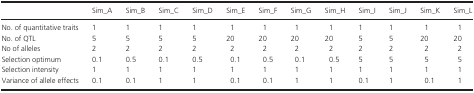
<table><thead><tr><td></td><td><b>Sim_A</b></td><td><b>Sim_B</b></td><td><b>Sim_C</b></td><td><b>Sim_D</b></td><td><b>Sim_E</b></td><td><b>Sim_F</b></td><td><b>Sim_G</b></td><td><b>Sim_H</b></td><td><b>Sim_I</b></td><td><b>Sim_J</b></td><td><b>Sim_K</b></td><td><b>Sim_L</b></td></tr></thead><tbody><tr><td>No. of quantitative traits</td><td>1</td><td>1</td><td>1</td><td>1</td><td>1</td><td>1</td><td>1</td><td>1</td><td>1</td><td>1</td><td>1</td><td>1</td></tr><tr><td>No. of QTL</td><td>5</td><td>5</td><td>5</td><td>5</td><td>20</td><td>20</td><td>20</td><td>20</td><td>5</td><td>5</td><td>20</td><td>20</td></tr><tr><td>No of alleles</td><td>2</td><td>2</td><td>2</td><td>2</td><td>2</td><td>2</td><td>2</td><td>2</td><td>2</td><td>2</td><td>2</td><td>2</td></tr><tr><td>Selection optimum</td><td>0.1</td><td>0.5</td><td>0.1</td><td>0.5</td><td>0.1</td><td>0.5</td><td>0.1</td><td>0.5</td><td>5</td><td>5</td><td>5</td><td>5</td></tr><tr><td>Selection intensity</td><td>1</td><td>1</td><td>1</td><td>1</td><td>1</td><td>1</td><td>1</td><td>1</td><td>1</td><td>1</td><td>1</td><td>1</td></tr><tr><td>Variance of allele effects</td><td>0.1</td><td>0.1</td><td>1</td><td>1</td><td>0.1</td><td>0.1</td><td>1</td><td>1</td><td>0.1</td><td>1</td><td>0.1</td><td>1</td></tr></tbody></table>